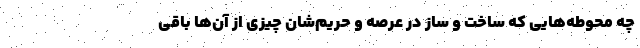
چه محوطه‌هایی که ساخت و ساز در عرصه و حریم‌شان چیزی از آن‌ها باقی